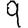
Digit: 9